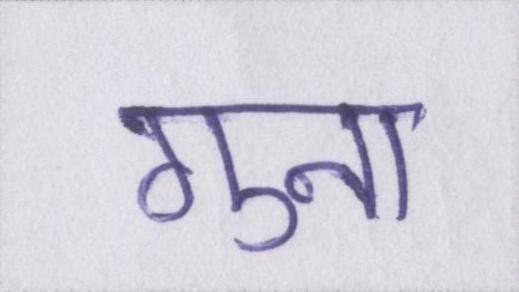
गुना